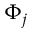
\Phi _ { j }